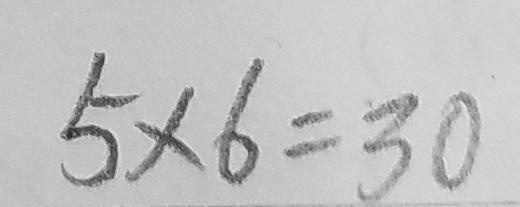
5 \times 6 = 3 0